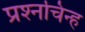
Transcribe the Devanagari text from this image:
प्रश्‍नचिन्ह